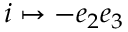
i \mapsto - e _ { 2 } e _ { 3 }